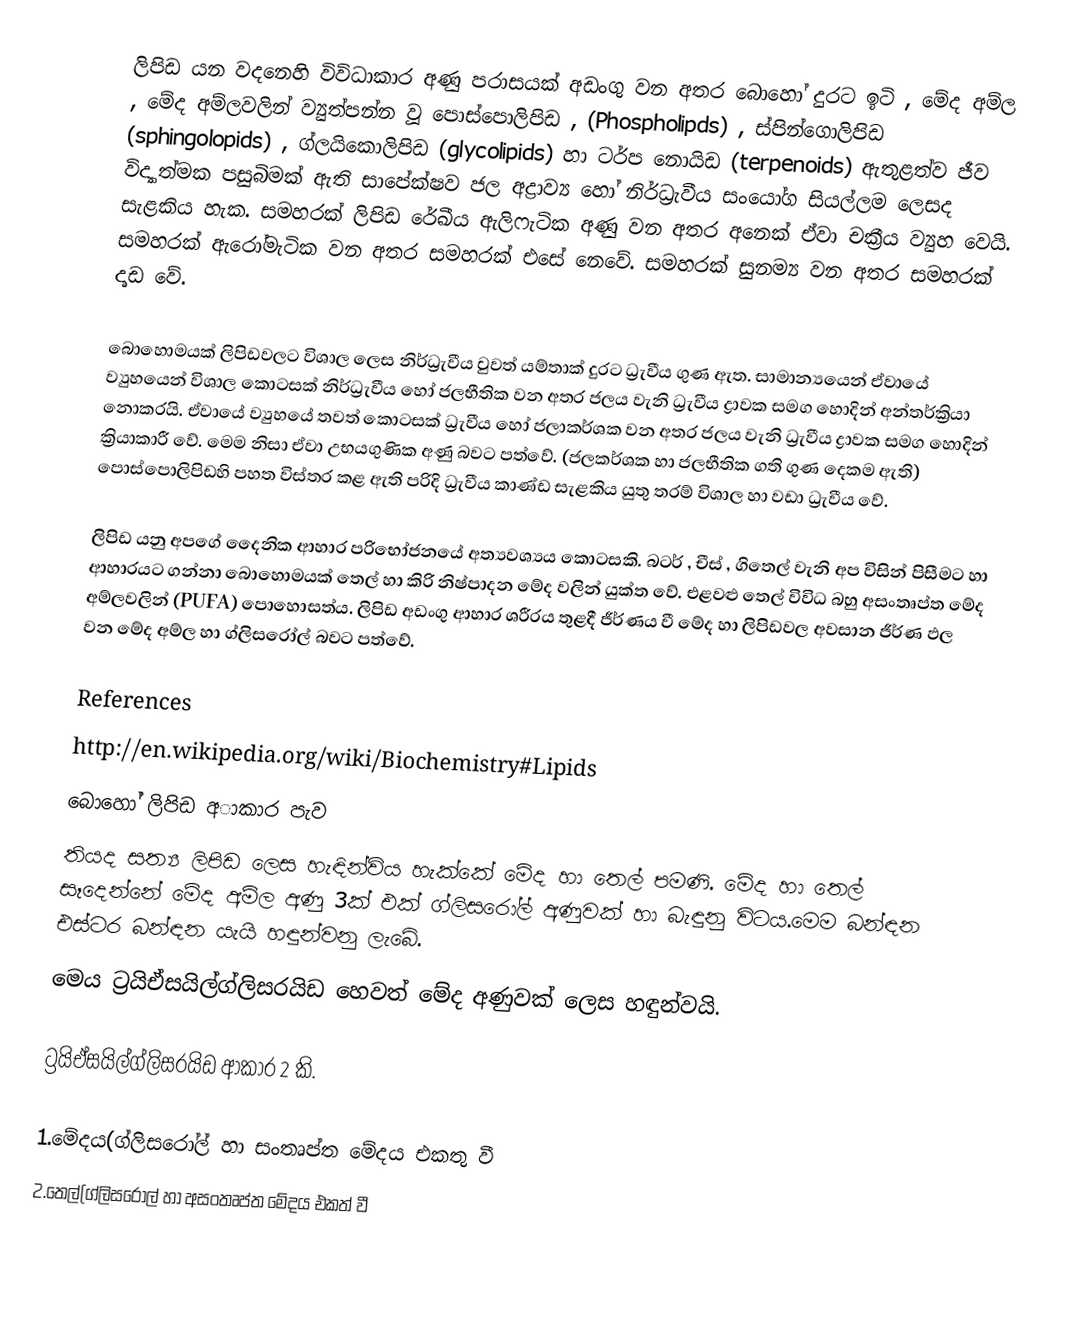
ලිපිඩ යන වදනෙහි විවිධාකාර අණු පරාසයක් අඩංගු වන අතර බොහෝ දුරට ඉටි , මේද අම්ල , මේද අම්ලවලින් ව්‍යුත්පන්න වූ පොස්පොලිපිඩ , (Phospholipds) , ස්පින්ගොලිපිඩ (sphingolopids) , ග්ලයිකොලිපිඩ (glycolipids) හා ටර්ප නොයිඩ (terpenoids) ඇතුළත්ව ජීව විද්‍යාත්මක පසුබිමක් ඇති සාපේක්ෂව ජල අද්‍රාව්‍ය හෝ නිර්ධ්‍රැවීය සංයෝග සියල්ලම ලෙසද සැළකිය හැක. සමහරක් ලිපිඩ රේඛීය ඇලිෆැටික අණු වන අතර අනෙක් ඒවා චක්‍රීය ව්‍යුහ වෙයි. සමහරක් ඇරෝමැටික වන අතර සමහරක් එසේ නෙවේ. සමහරක් සුනම්‍ය වන අතර සමහරක් දෘඩ වේ.

‍බොහොමයක් ලිපිඩවලට විශාල ලෙස නිර්ධ්‍රැවීය වුවත් යම්තාක් දුරට ධ්‍රැවීය ගුණ ඇත. සාමාන්‍යයෙන් ඒවායේ ව්‍යුහයෙන් විශාල කොටසක් නිර්ධ්‍රැවීය හෝ ජලභීතික වන අතර ජලය වැනි ධ්‍රැවීය ද්‍රාවක සමග හොදින් අන්තර්ක්‍රියා නොකරයි. ඒවායේ ව්‍යුහයේ තවත් කොටසක් ධ්‍රැවීය හෝ ජලාකර්ශක වන අතර ජලය වැනි ධ්‍රැවීය ද්‍රාවක සමග හොදින් ක්‍රියාකාරී වේ. මෙම නිසා ඒවා උභයගුණික අණු බවට පත්වේ. (ජලකර්ශක හා ජලභීතික ගති ගුණ දෙකම ඇති) පොස්පොලිපිඩහි පහත විස්තර කළ ඇති පරිදි ධ්‍රැවීය කාණ්ඩ සැළකිය යුතු තරම් විශාල හා වඩා ධ්‍රැවීය වේ.

ලිපිඩ යනු අපගේ දෛනික ආහාර පරිභෝජනයේ අත්‍යවශ්‍යය කොටසකි. බටර් , චීස් , ගිතෙල් වැනි අප විසින් පිසීමට හා ආහාරයට ගන්නා බොහොමයක් තෙල් හා කිරි නිෂ්පාදන මේද වලින් යුක්ත වේ. ‍එළවළු තෙල් විවිධ බහු අසංතෘප්ත මේද අම්ලවලින් (PUFA) පොහොසත්ය. ලිපිඩ අඩංගු ආහාර ශරීරය තුළදී ජීර්ණය වී මේද හා ලිපිඩවල අවසාන ජීර්ණ ඵල වන මේද අම්ල හා ග්ලිසරෝල් බවට පත්වේ.

References
http://en.wikipedia.org/wiki/Biochemistry#Lipids
බොහෝ ලිපිඩ අාකාර පැව
තියද සත්‍ය ලිපිඩ ලෙස හැඳින්විය හැක්කේ මේද හා තෙල් පමණි. මේද හා තෙල් සෑදෙන්නේ මේද අම්ල අණු 3ක් එක් ග්ලිසරෝල් අණුවක් හා බැඳුනු විටය.මෙම බන්ඳන එස්ටර බන්ඳන යැයි හඳුන්වනු ලැබේ.
මෙය ට්‍රයිඒසයිල්ග්ලිසරයිඩ හෙවත් මේද අණුවක් ලෙස හඳුන්වයි.

 ට්‍රයිඒසයිල්ග්ලිසරයිඩ ආකාර 2 කි.

   1.මේදය(ග්ලිසරෝල් හා සංතෘප්ත මේදය එකතු වී
   2.තෙල්(ග්ලිසරෝල් හා අසංතෘප්ත මේදය එකත් වී